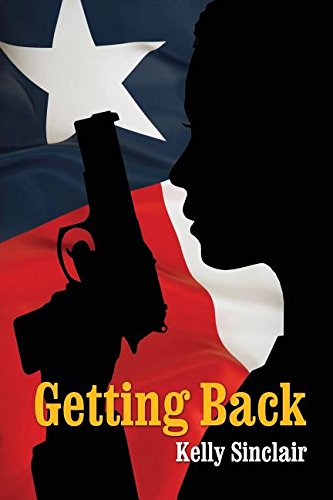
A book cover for Getting Back; Kelly Sinclair; Literature & Fiction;